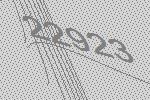
22923